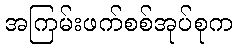
အကြမ်းဖက်စစ်အုပ်စုက